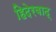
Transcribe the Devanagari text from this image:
हिदेरबाद्